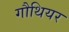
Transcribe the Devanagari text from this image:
गौथियर